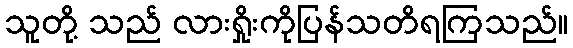
သူတို့ သည် လားရှိုးကိုပြန်သတိရကြသည်။